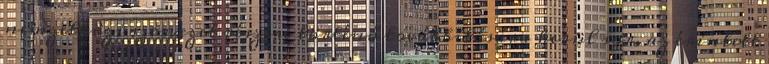
nemzetközi szervezet részére történő továbbítására kerül sor, az érintett